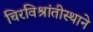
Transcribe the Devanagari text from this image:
चिरविश्रांतीस्थाने